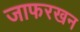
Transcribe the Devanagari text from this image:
जाफरखन